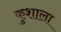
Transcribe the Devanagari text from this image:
कुशाला